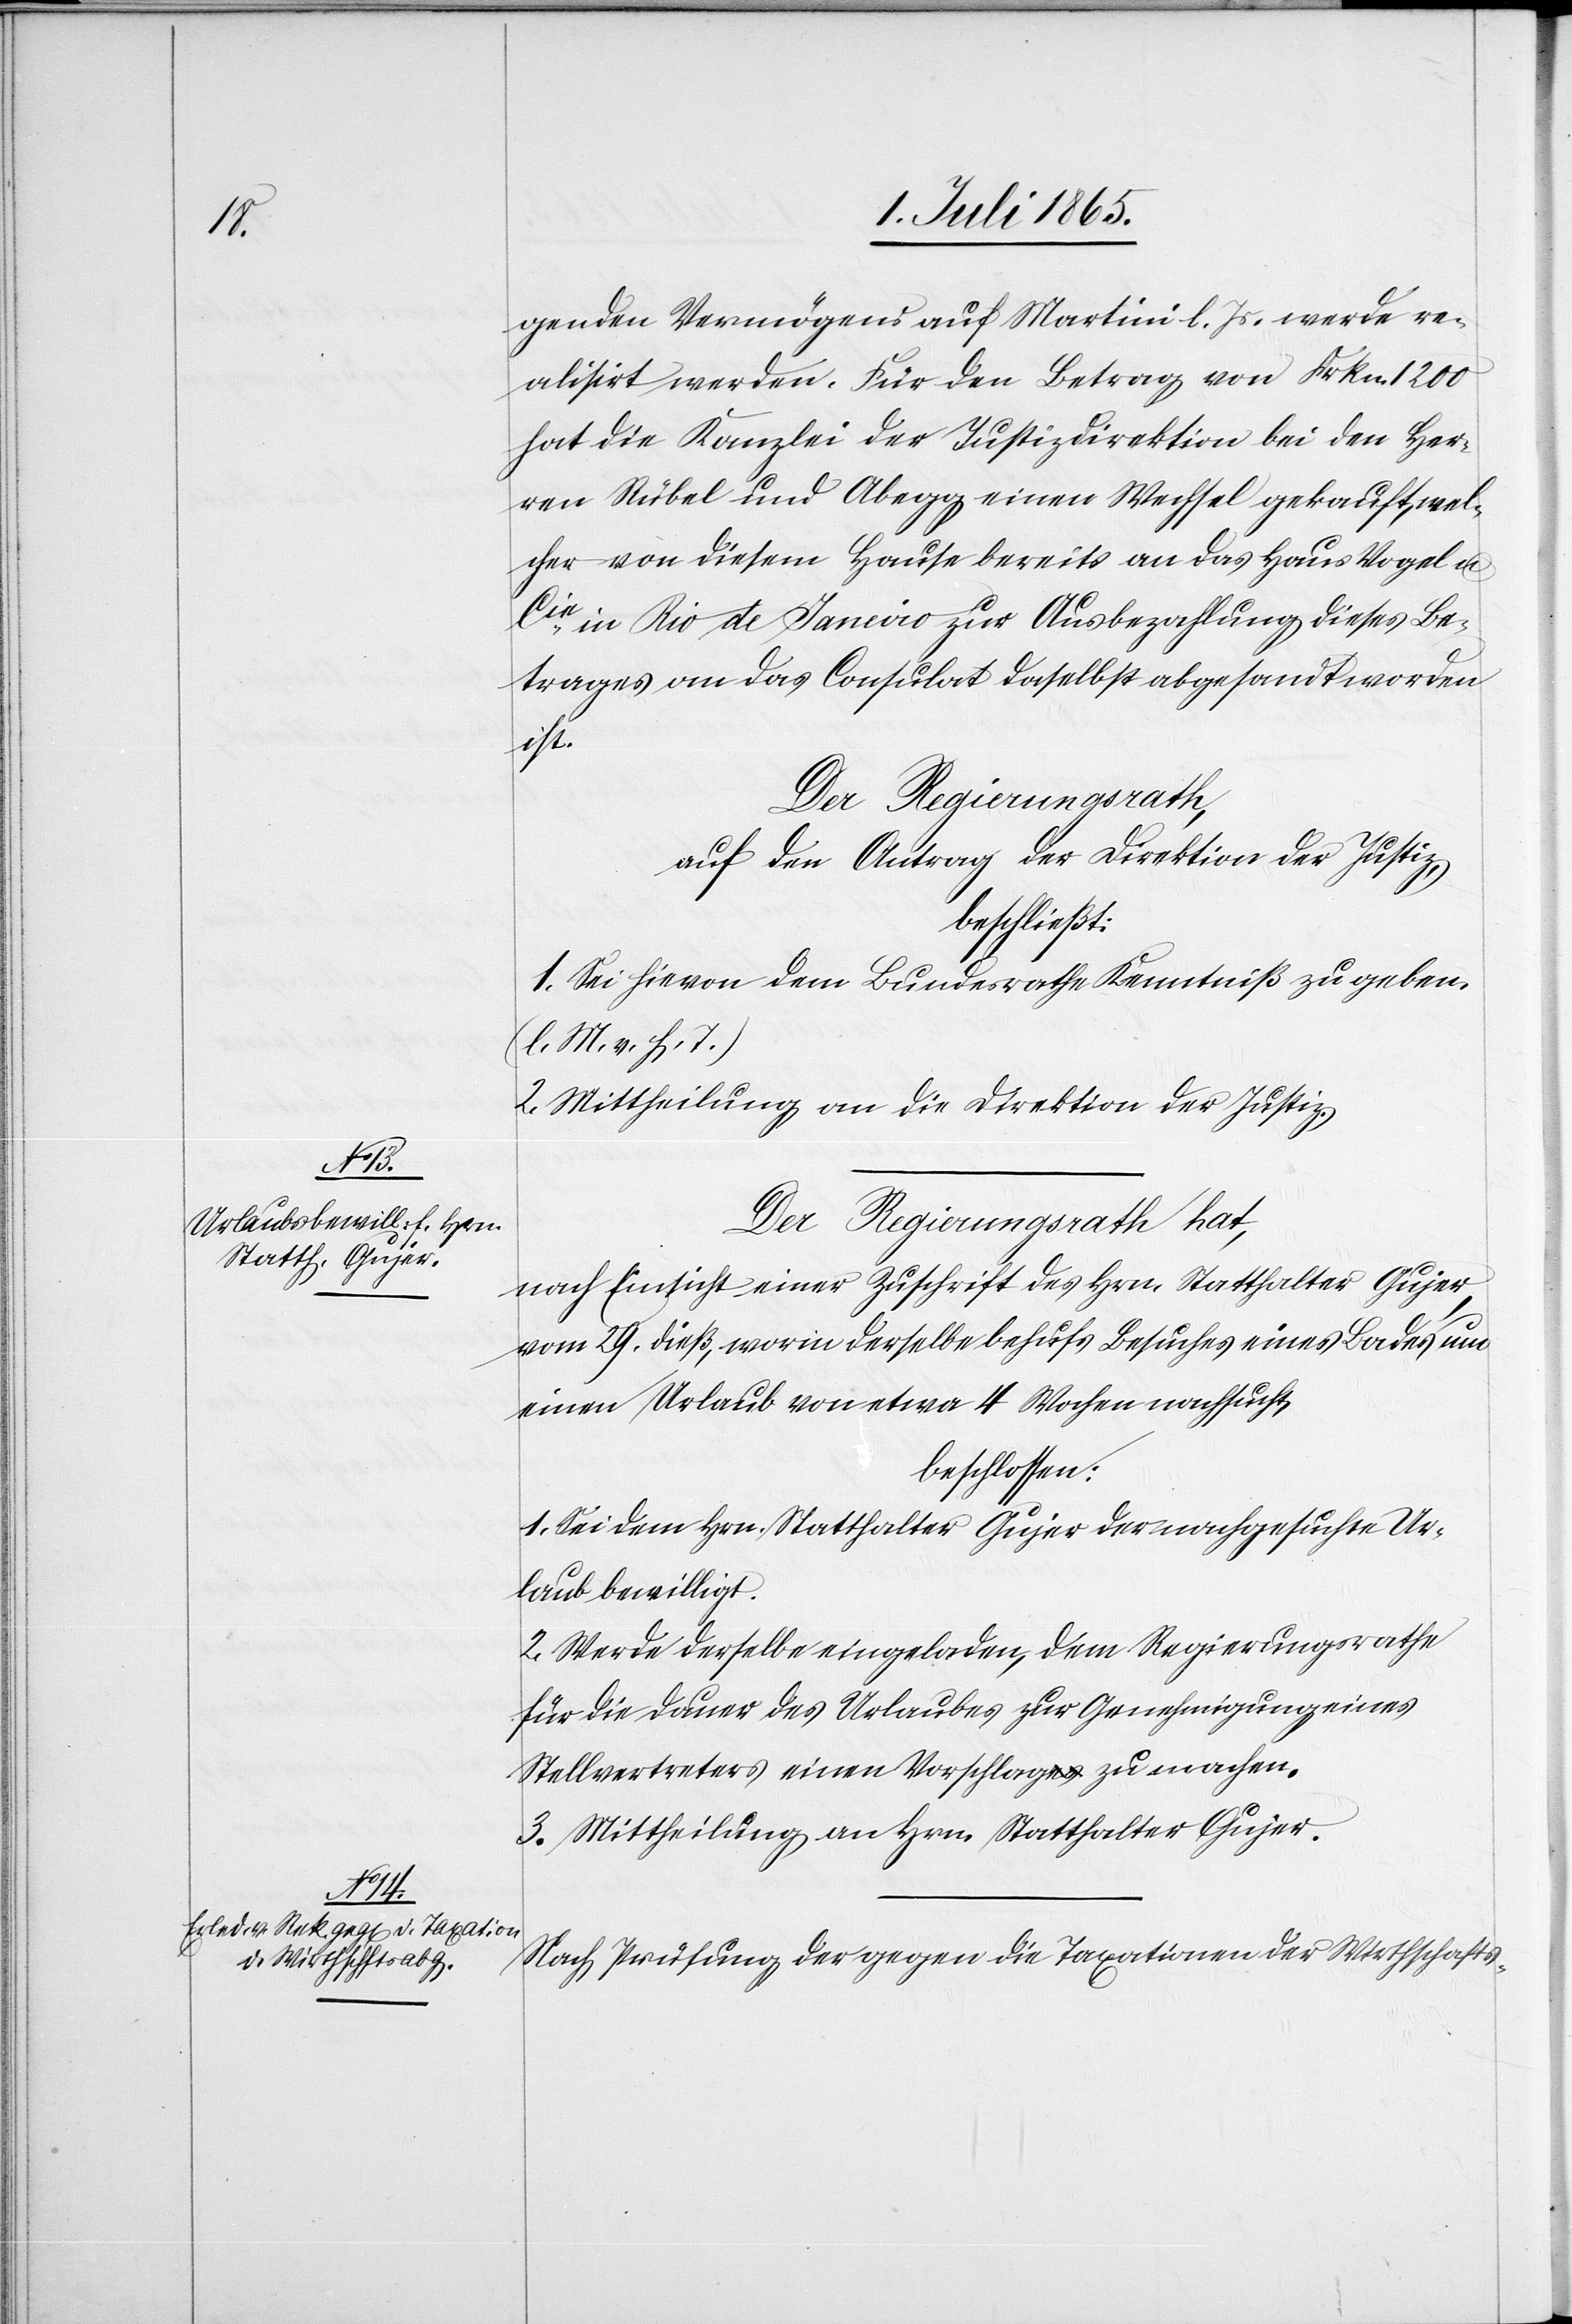
genden Vermögens auf Martini l. Js. werde re¬
alisirt werden. Für den Betrag von Frkn. 1200
hat die Kanzlei der Justizdirektion bei den Her¬
ren Rübel und Abegg einen Wechsel gekauft, wel¬
cher von diesem Hause bereits an das Haus Vogel u.
Cie in Rio de Janeiro zur Ausbezahlung dieses Be¬
trages an das Consulat daselbst abgesandt worden
ist.
Der Regierungsrath,
auf den Antrag der Direktion der Justiz,
beschließt:
1. Sei hievon dem Bundesrathe Kenntniß zu geben.
(l. M. v. h. T.)
2. Mittheilung an die Direktion der Justiz.
Der Regierungsrath hat,
nach Einsicht einer Zuschrift des Hrn. Statthalter Gujer,
vom 29. dieß, worin derselbe behufs Besuches eines Bades um
einen Urlaub von etwa 4 Wochen nachsucht,
beschlossen:
1. Sei dem Hrn. Statthalter Gujer der nachgesuchte Ur¬
laub bewilligt.
2. Werde derselbe eingeladen, dem Regierungsrathe
für die Dauer des Urlaubes zur Genehmigung eines
Stellvertreters einen Vorschlag zu machen.
3. Mittheilung an Hrn. Statthalter Gujer.
Nach Prüfung der gegen die Taxationen der Wirthschafts-